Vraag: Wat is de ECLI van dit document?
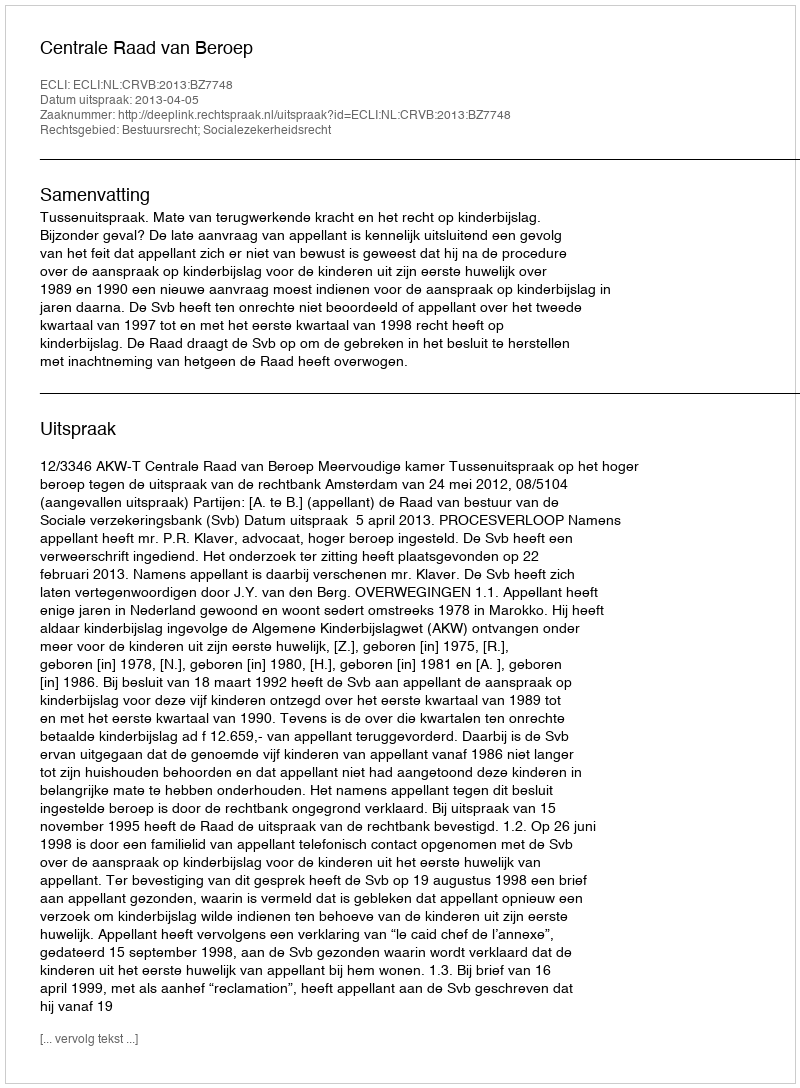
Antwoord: ECLI:NL:CRVB:2013:BZ7748